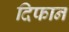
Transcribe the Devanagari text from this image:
दिफान